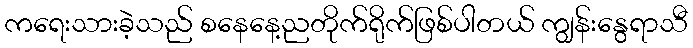
ကရေးသားခဲ့သည် စနေနေ့ညတိုက်ရိုက်ဖြစ်ပါတယ် ကျွန်းနွေရာသီ